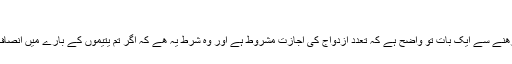
4/3
ان آیات کو ملا کر پڑھنے سے ایک بات تو واضح ہے کہ تعدد ازدواج کی اجازت مشروط ہے اور وہ شرط یہ ھے کہ اگر تم یتیموں کے بارے میں انصاف نہیں کر سکو گے ۔